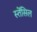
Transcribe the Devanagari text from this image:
स्तेंसिल